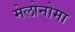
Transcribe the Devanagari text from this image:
मेलोनोमा